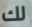
لك